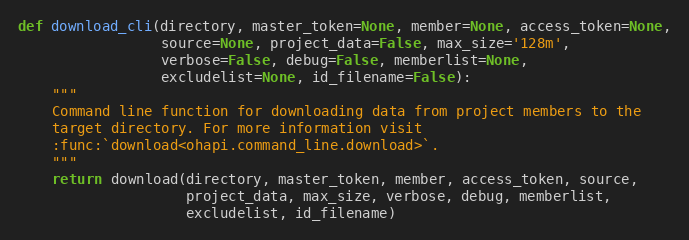
Language: Python
def download_cli(directory, master_token=None, member=None, access_token=None,
                 source=None, project_data=False, max_size='128m',
                 verbose=False, debug=False, memberlist=None,
                 excludelist=None, id_filename=False):
    """
    Command line function for downloading data from project members to the
    target directory. For more information visit
    :func:`download<ohapi.command_line.download>`.
    """
    return download(directory, master_token, member, access_token, source,
                    project_data, max_size, verbose, debug, memberlist,
                    excludelist, id_filename)